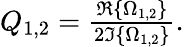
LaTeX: \begin{array}{r}{Q_{1,2}=\frac{\Re\left\{ \Omega_{1,2}\right\} }{2\Im\left\{ \Omega_{1,2}\right\} }.}\end{array}